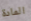
المادة